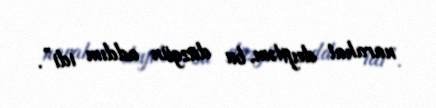
narahat deyiləm, bu düzgün addım idi”.